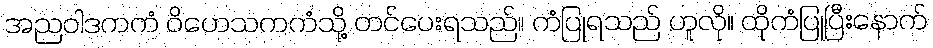
အညဝါဒကကံ ဝိဟေသကကံသို့ တင်ပေးရသည်။ ကံပြုရသည် ဟူလို။ ထိုကံပြုပြီးနောက်